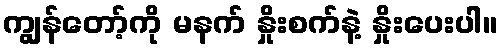
ကျွန်တော့်ကို မနက် နှိုးစက်နဲ့ နှိုးပေးပါ။